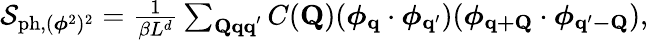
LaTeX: \begin{array}{r}{\mathcal{S}_{\mathrm{ph},(\boldsymbol{\phi}^{2})^{2}}=\frac{1}{\beta L^{d}}\sum_{\mathbf{Qqq}^{\prime}}C(\mathbf{Q})(\boldsymbol{\phi}_{\mathbf{q}}\cdot\boldsymbol{\phi}_{\mathbf{q}^{\prime}})(\boldsymbol{\phi}_{\mathbf{q+Q}}\cdot\boldsymbol{\phi}_{\mathbf{q^{\prime}-Q}}),}\end{array}